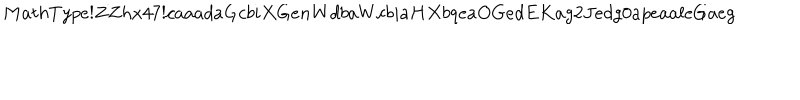
LaTeX: M a t h T y p e ! Z Z h x 4 7 ! c a a a d a G c b i X G e n W d b a W c b i a H X b q e a O G e d E K a g 2 J e d g 0 a p e a a l e G a e g